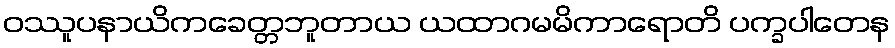
ဝဿူပနာယိကခေတ္တဘူတာယ ယထာဂမမိကာရောတိ ပက္ခပါတေန